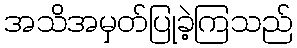
အသိအမှတ်ပြုခဲ့ကြသည်